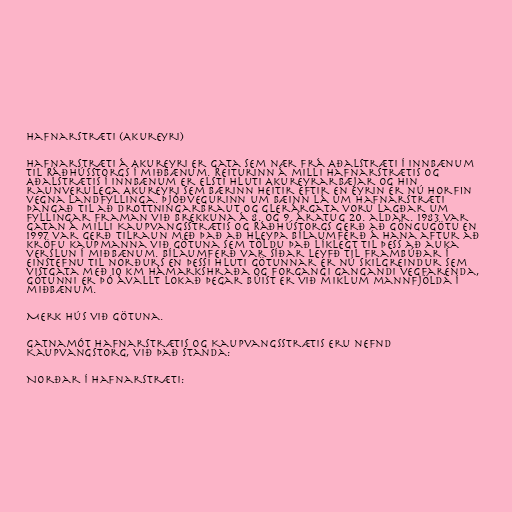
Hafnarstræti (Akureyri)

Hafnarstræti á Akureyri er gata sem nær frá Aðalstræti í Innbænum
til Ráðhússtorgs í miðbænum. Reiturinn á milli Hafnarstrætis og
Aðalstrætis í Innbænum er elsti hluti Akureyrarbæjar og hin
raunverulega Akureyri sem bærinn heitir eftir en eyrin er nú horfin
vegna landfyllinga. Þjóðvegurinn um bæinn lá um Hafnarstræti
þangað til að Drottningarbraut og Glerárgata voru lagðar um
fyllingar framan við brekkuna á 8. og 9. áratug 20. aldar. 1983 var
gatan á milli Kaupvangsstrætis og Ráðhústorgs gerð að göngugötu en
1997 var gerð tilraun með það að hleypa bílaumferð á hana aftur að
kröfu kaupmanna við götuna sem töldu það líklegt til þess að auka
verslun í miðbænum. Bílaumferð var síðar leyfð til frambúðar í
einstefnu til norðurs en þessi hluti götunnar er nú skilgreindur sem
vistgata með 10 km hámarkshraða og forgangi gangandi vegfarenda,
götunni er þó ávallt lokað þegar búist er við miklum mannfjölda í
miðbænum.

Merk hús við götuna.

Gatnamót Hafnarstrætis og Kaupvangsstrætis eru nefnd
Kaupvangstorg, við það standa:

Norðar í hafnarstræti: